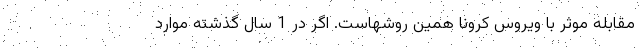
مقابله موثر با ویروس کرونا همین روشهاست. اگر در 1 سال گذشته موارد